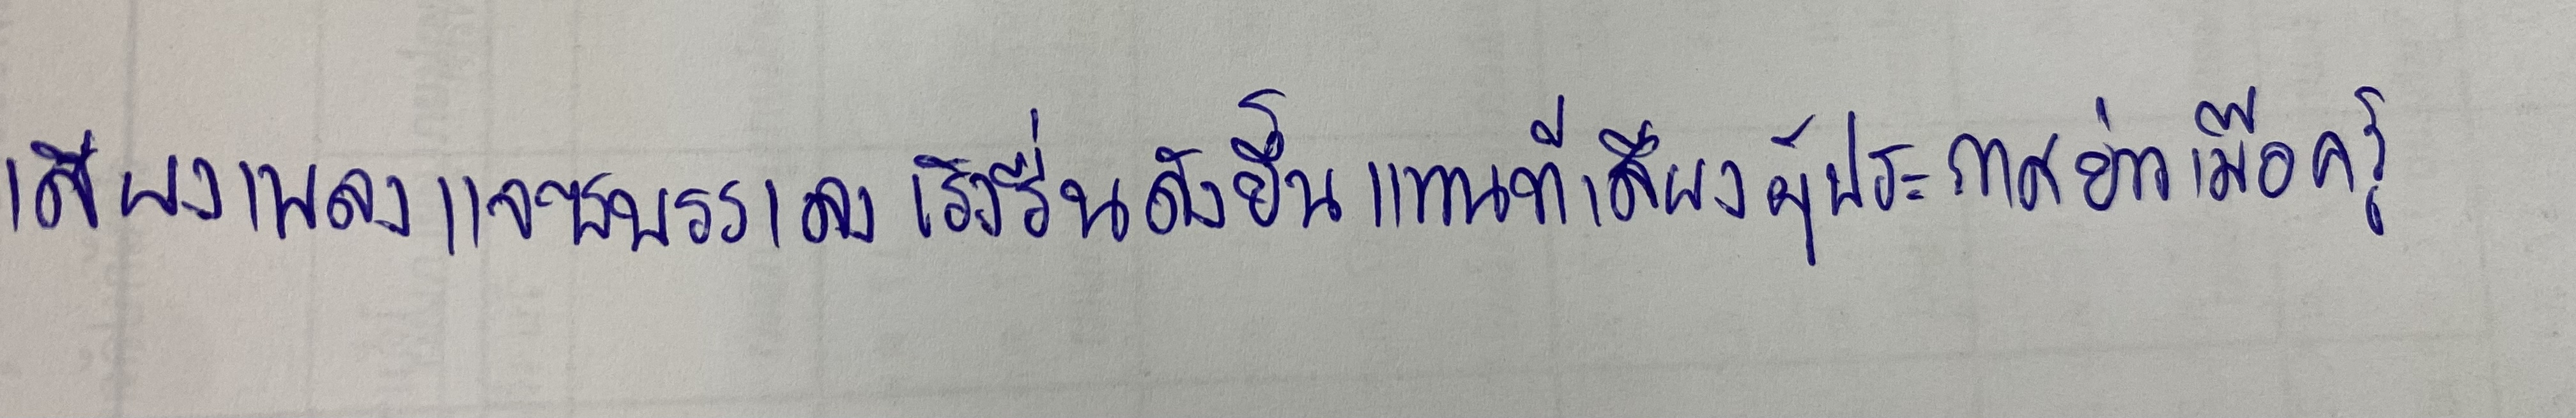
เสียงเพลงแจซบรรเลงเริงรื่นดังขึ้นแทนที่เสียงผู้ประกาศข่าวเมื่อครู่